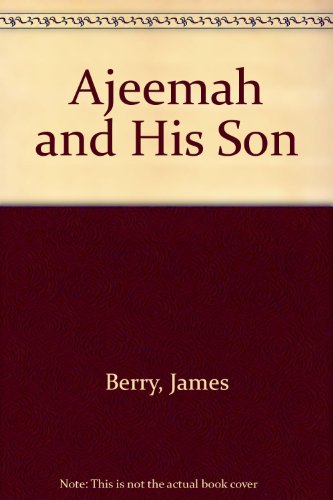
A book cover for Ajeemah and His Son; James Berry; Teen & Young Adult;